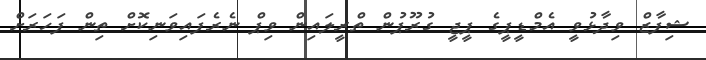
ޝިފާޒް ވިދާޅުވީ އެމްޑީޕީގެ ޕީޖީ ގުރޫޕުން ތްރީލައިން ވިޕް ނެރެފައިވަނިކޮށް ތިން ފަހަރަަށް